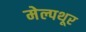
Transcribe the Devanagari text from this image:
मेल्पथूर